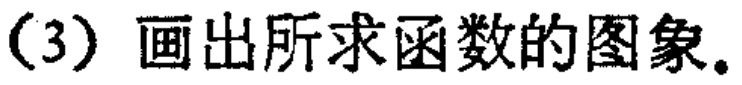
（3）画出所求函数的图象。